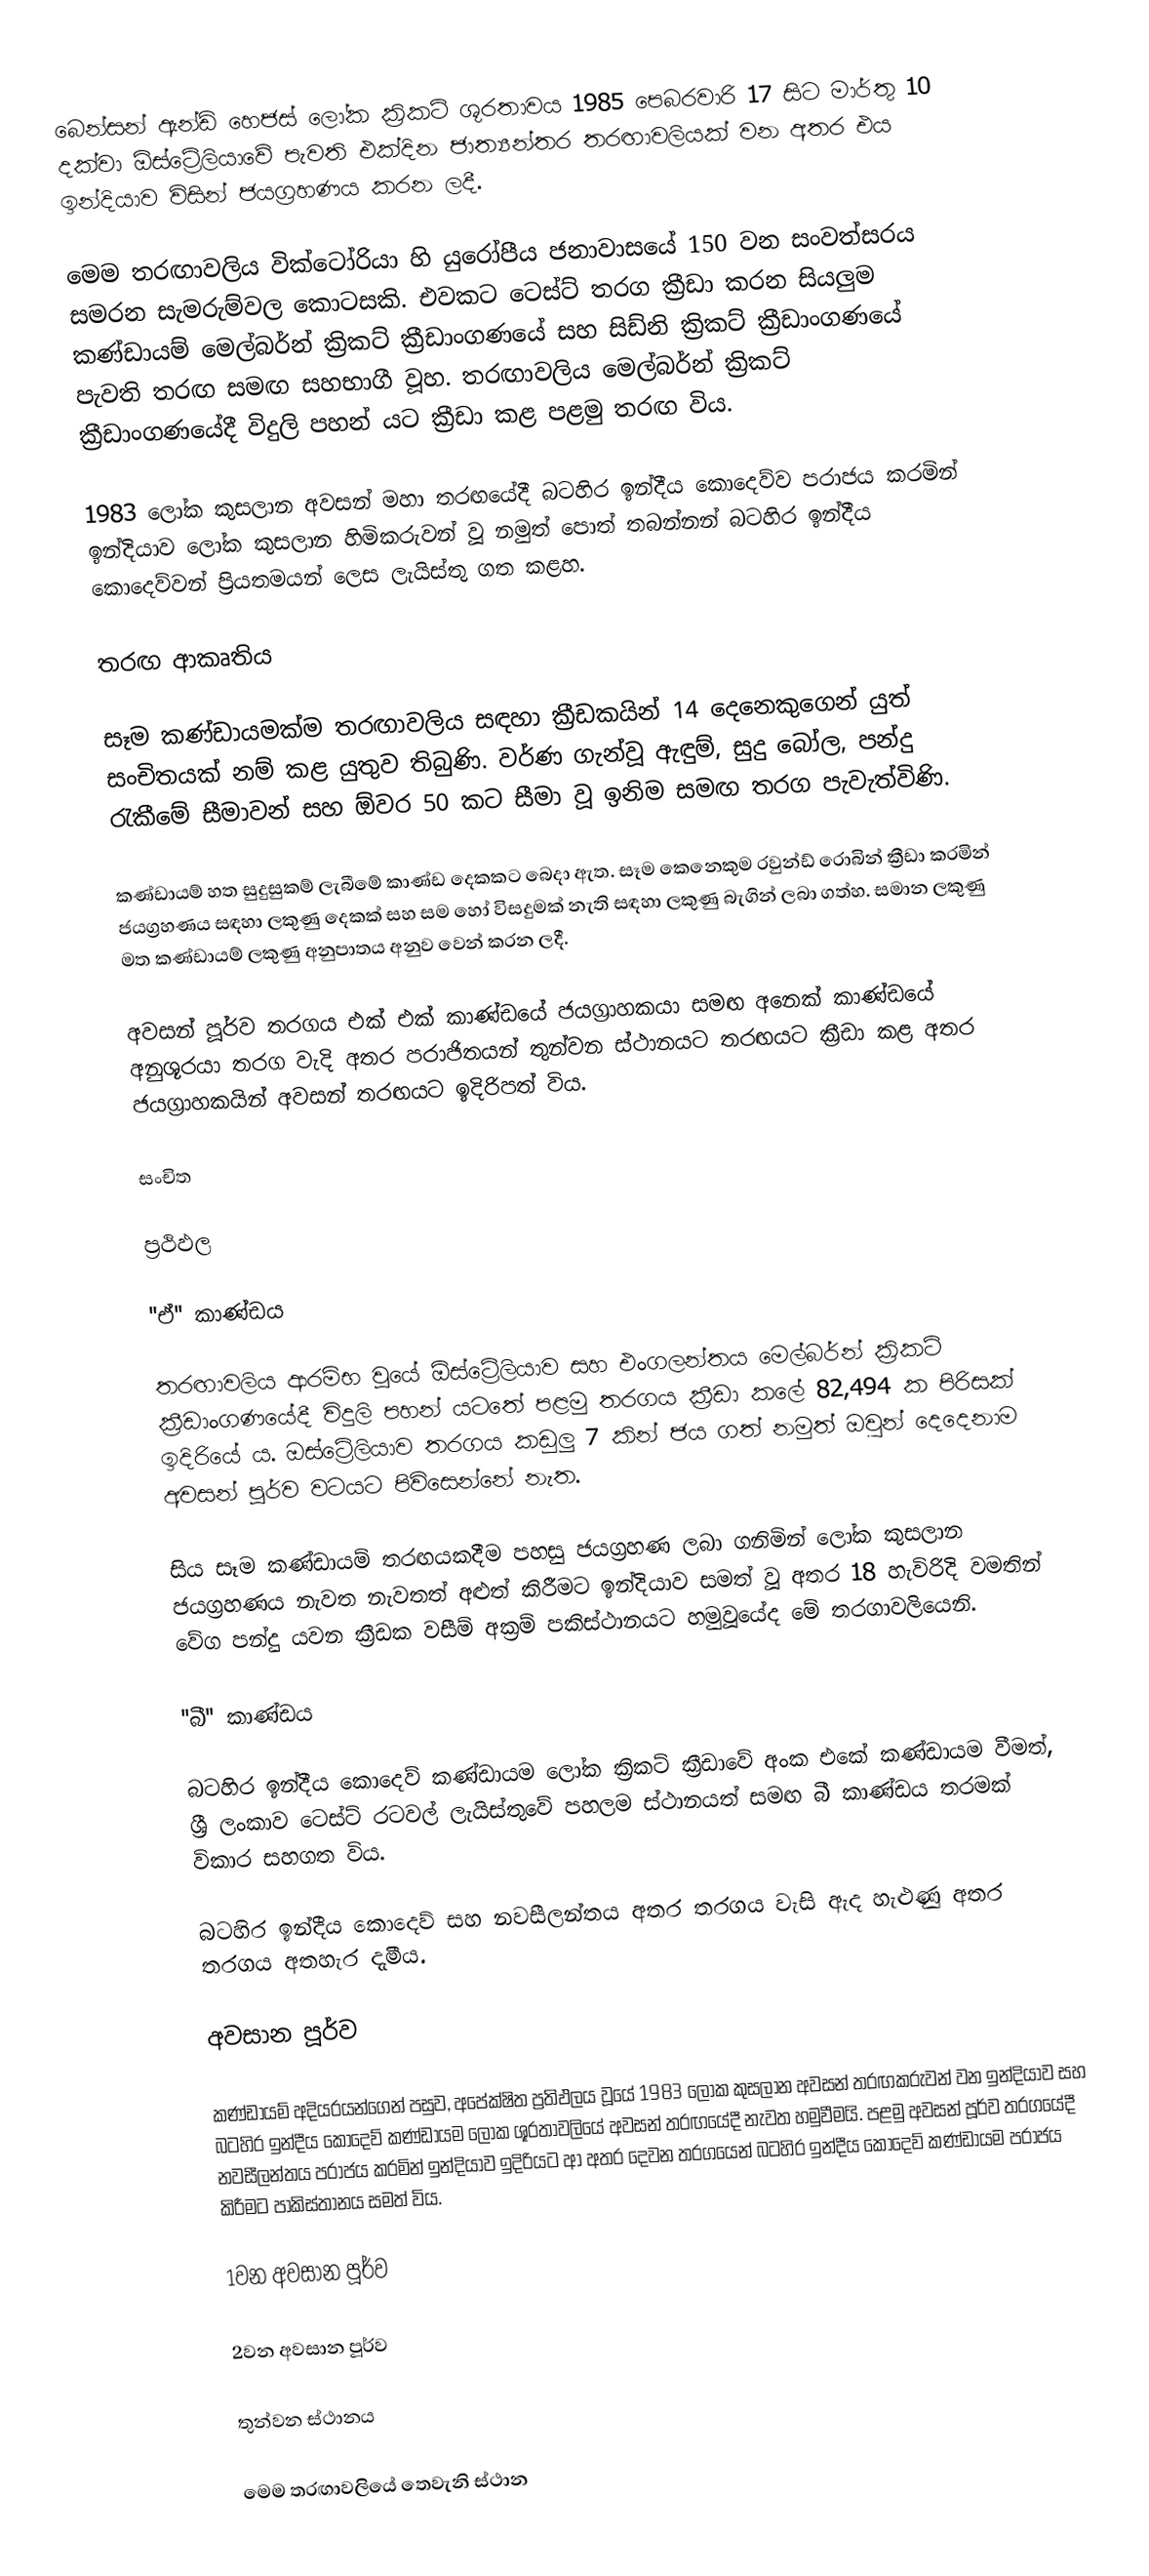
බෙන්සන් ඇන්ඩ් හෙජස් ලෝක ක්‍රිකට් ශූරතාවය 1985 පෙබරවාරි 17 සිට මාර්තු 10 දක්වා ඕස්ට්‍රේලියාවේ පැවති එක්දින ජාත්‍යන්තර තරඟාවලියක් වන අතර එය ඉන්දියාව විසින් ජයග්‍රහණය කරන ලදී.

මෙම තරඟාවලිය වික්ටෝරියා හි යුරෝපීය ජනාවාසයේ 150 වන සංවත්සරය සමරන සැමරුම්වල කොටසකි. එවකට ටෙස්ට් තරග ක්‍රීඩා කරන සියලුම කණ්ඩායම් මෙල්බර්න් ක්‍රිකට් ක්‍රීඩාංගණයේ සහ සිඩ්නි ක්‍රිකට් ක්‍රීඩාංගණයේ පැවති තරඟ සමඟ සහභාගී වූහ. තරඟාවලිය මෙල්බර්න් ක්‍රිකට් ක්‍රීඩාංගණයේදී විදුලි පහන් යට ක්‍රීඩා කළ පළමු තරඟ විය.

1983 ලෝක කුසලාන අවසන් මහා තරඟයේදී බටහිර ඉන්දීය කොදෙව්ව පරාජය කරමින් ඉන්දියාව ලෝක කුසලාන හිමිකරුවන් වූ නමුත් පොත් තබන්නන් බටහිර ඉන්දීය කොදෙව්වන් ප්‍රියතමයන් ලෙස ලැයිස්තු ගත කළහ.

තරඟ ආකෘතිය

සෑම කණ්ඩායමක්ම තරඟාවලිය සඳහා ක්‍රීඩකයින් 14 දෙනෙකුගෙන් යුත් සංචිතයක් නම් කළ යුතුව තිබුණි. වර්ණ ගැන්වූ ඇඳුම්, සුදු බෝල, පන්දු රැකීමේ සීමාවන් සහ ඕවර 50 කට සීමා වූ ඉනිම සමඟ තරග පැවැත්විණි.

කණ්ඩායම් හත සුදුසුකම් ලැබීමේ කාණ්ඩ දෙකකට බෙදා ඇත. සෑම කෙනෙකුම රවුන්ඩ් රොබින් ක්‍රීඩා කරමින් ජයග්‍රහණය සඳහා ලකුණු දෙකක් සහ සම හෝ විසදුමක් නැති සඳහා ලකුණු බැගින් ලබා ගත්හ. සමාන ලකුණු මත කණ්ඩායම් ලකුණු අනුපාතය අනුව වෙන් කරන ලදී.

අවසන් පූර්ව තරගය එක් එක් කාණ්ඩයේ ජයග්‍රාහකයා සමඟ අනෙක් කාණ්ඩයේ අනුශූරයා තරග වැදි අතර පරාජිතයන් තුන්වන ස්ථානයට තරඟයට ක්‍රීඩා කළ අතර ජයග්‍රාහකයින් අවසන් තරඟයට ඉදිරිපත් විය.

සංචිත

ප්‍රථිඵල

''ඒ'' කාණ්ඩය

තරඟාවලිය ආරම්භ වූයේ ඕස්ට්‍රේලියාව සහ එංගලන්තය මෙල්බර්න් ක්‍රිකට් ක්‍රීඩාංගණයේදී විදුලි පහන් යටතේ පළමු තරගය ක්‍රීඩා කලේ 82,494 ක පිරිසක් ඉදිරියේ ය. ඔස්ට්‍රේලියාව තරගය කඩුලු 7 කින් ජය ගත් නමුත් ඔවුන් දෙදෙනාම අවසන් පූර්ව වටයට පිවිසෙන්නේ නැත.

සිය සෑම කණ්ඩායම් තරඟයකදීම පහසු ජයග්‍රහණ ලබා ගනිමින් ලෝක කුසලාන ජයග්‍රහණය නැවත නැවතත් අළුත් කිරීමට ඉන්දියාව සමත් වූ අතර 18 හැවිරිදි වමතින් වේග පන්දු යවන ක්‍රීඩක වසීම් අක්‍රම් පකිස්ථානයට හමුවූයේද මේ තරගාවලියෙනි.

''බී'' කාණ්ඩය

බටහිර ඉන්දීය කොදෙව් කණ්ඩායම ලෝක ක්‍රිකට් ක්‍රීඩාවේ අංක එකේ කණ්ඩායම වීමත්, ශ්‍රී ලංකාව ටෙස්ට් රටවල් ලැයිස්තුවේ පහලම ස්ථානයත් සමඟ බී කාණ්ඩය තරමක් විකාර සහගත විය.

බටහිර ඉන්දීය කොදෙව් සහ නවසීලන්තය අතර තරගය වැසි ඇද හැළුණු අතර තරගය අතහැර දැමීය.

අවසාන පූර්ව

කණ්ඩායම් අදියරයන්ගෙන් පසුව, අපේක්ෂිත ප්‍රතිඵලය වූයේ 1983 ලෝක කුසලාන අවසන් තරඟකරුවන් වන ඉන්දියාව සහ බටහිර ඉන්දීය කොදෙව් කණ්ඩායම ලෝක ශූරතාවලියේ අවසන් තරඟයේදී නැවත හමුවීමයි. පළමු අවසන් පූර්ව තරගයේදී නවසීලන්තය පරාජය කරමින් ඉන්දියාව ඉදිරියට ආ අතර දෙවන තරගයෙන් බටහිර ඉන්දීය කොදෙව් කණ්ඩායම පරාජය කිරීමට පාකිස්තානය සමත් විය.

1වන අවසාන පූර්ව

2වන අවසාන පූර්ව

තුන්වන ස්ථානය

මෙම තරඟාවලියේ තෙවැනි ස්ථාන